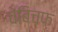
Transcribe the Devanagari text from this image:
चेबिचफ़